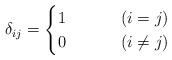
LaTeX: \begin{align*}\delta_{ij}=\begin{cases}1 & (i=j)\\0\,\,\,\,\,\,\,\,\,\,\,\,\,\, & (i\neq j)\end{cases}\end{align*}